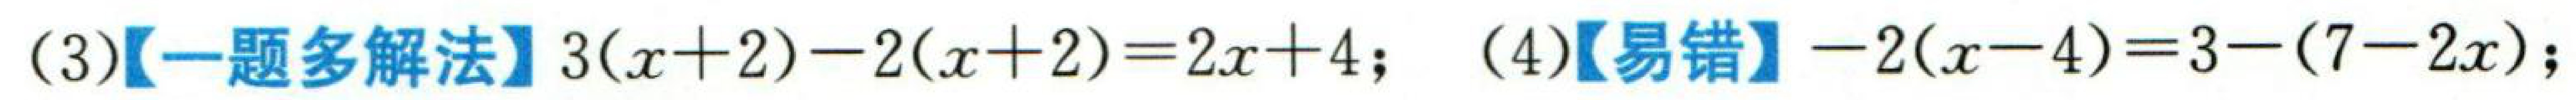
(3)【一题多解法】\(3(x + 2)-2(x + 2)=2x + 4\); (4)【易错】\(-2(x - 4)=3-(7 - 2x)\);